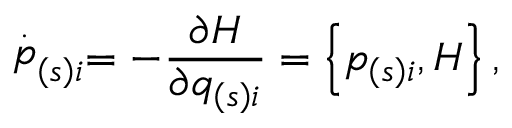
\stackrel { . } { p } _ { \left( s \right) i } = - \frac { \partial H } { \partial q _ { \left( s \right) i } } = \left\{ p _ { \left( s \right) i } , H \right\} ,